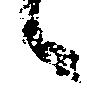
候